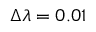
\Delta \lambda = 0 . 0 1